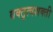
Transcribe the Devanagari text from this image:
वक्तृत्वशक्ती